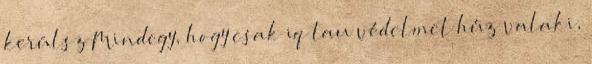
kerülsz Mindegy, hogy csak iq tau védelmet húz valaki,